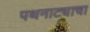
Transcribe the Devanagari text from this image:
पथनाट्याचा